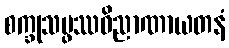
စက္ခုသမ္ဖဿဝိညာဏာယတနံ